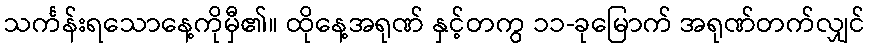
သင်္ကန်းရသောနေ့ကိုမှီ၏။ ထိုနေ့အရုဏ် နှင့်တကွ ၁၁-ခုမြောက် အရုဏ်တက်လျှင်